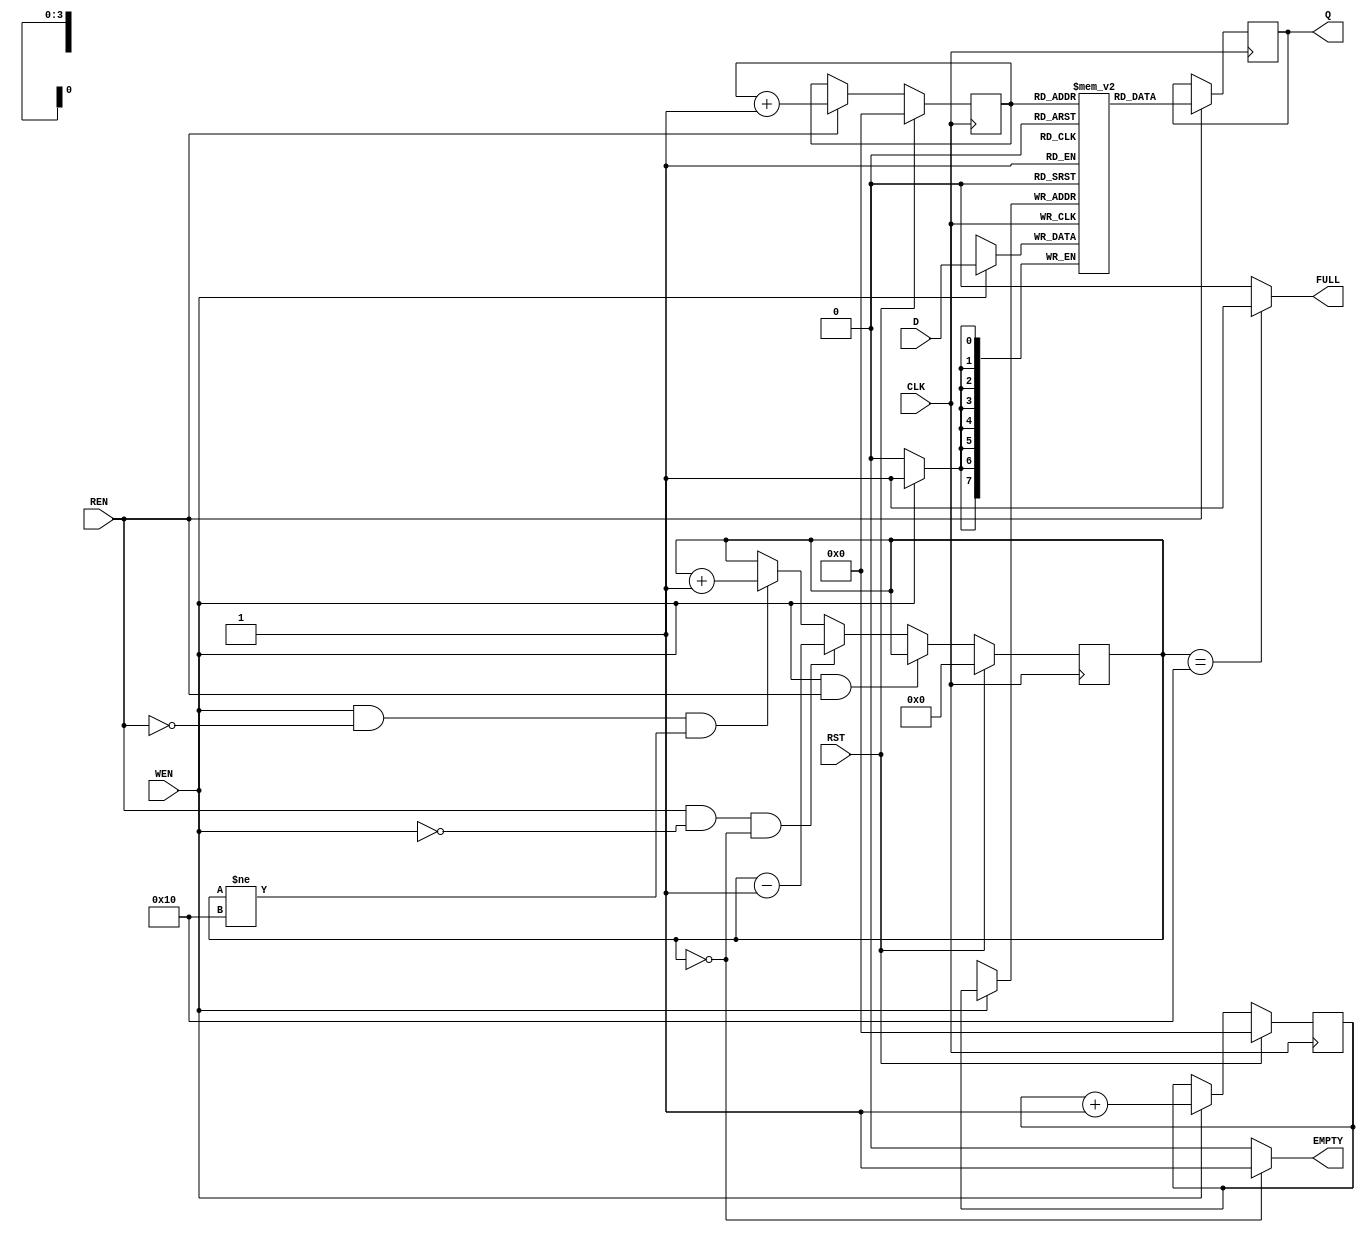
module FIFO(CLK,D,Q,WEN,RST,REN,FULL,EMPTY);
parameter DEPTH=16;
parameter WIDTH=8;
parameter ADDR =4;
input CLK,WEN,REN;
input RST;
input [WIDTH-1:0]D;
output reg [WIDTH-1:0]Q;
output reg FULL,EMPTY;
reg [ADDR-1:0] wr_pointer;    // POINTER REGISTER
reg [ADDR-1:0] rd_pointer;   //POINTER REGISTER
reg [WIDTH-1:0] mem [DEPTH-1:0];   //MEMORY CORE
reg [ADDR+1:0] status_counter;   //STATUS COUNTER

//WRITE ADDRESS GENERATOR 
always@(posedge CLK)
begin
	if(RST)
		wr_pointer<=0;
	else
	begin
		if (WEN)
			wr_pointer<=wr_pointer+1;
	end
end

// READ ADDRESS GENERATOR 
always@(posedge CLK)
begin
	if(RST)
		rd_pointer<=0;
	else
	begin
		if (REN)
			rd_pointer<=rd_pointer+1;
	end
end

// WRITE AND READ OPERATION
always@(posedge CLK)
begin
	if (WEN)
		mem[wr_pointer]<=D;
	if (REN)
		Q<=mem[rd_pointer];
end
//STATUS COUNTER LOGIC 
always@(posedge CLK)
begin
	if(RST)
		status_counter<=0;
	else
	begin
		if ((WEN && !REN) && (status_counter !=DEPTH))
			status_counter<= status_counter+1;
		if ((REN && !WEN) && (status_counter ==0))
			status_counter<= status_counter-1;
		if (WEN && REN)
			status_counter<= status_counter;
	end
end
assign FULL=(status_counter==DEPTH)? 1'b1:1'b0;
assign EMPTY=(status_counter==0)? 1'b1:1'b0;

endmodule